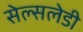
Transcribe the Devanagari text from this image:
सेल्सलेडी